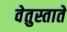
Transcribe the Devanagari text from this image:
वेतुस्ताते